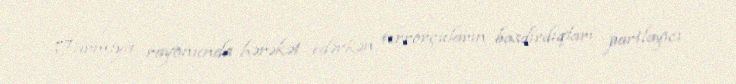
Tarmiya rayonunda hərəkət edərkən terrorçuların basdırdıqları partlayıcı